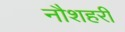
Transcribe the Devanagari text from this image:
नौशहरी